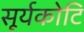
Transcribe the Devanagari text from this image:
सूर्यकोटि